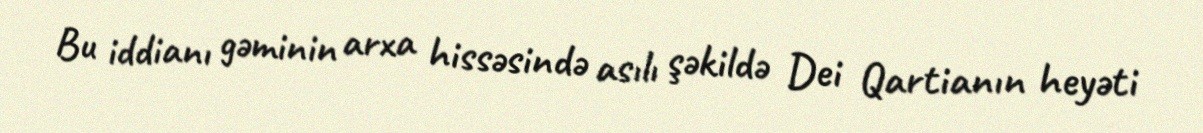
Bu iddianı gəminin arxa hissəsində asılı şəkildə Dei Qartianın heyəti